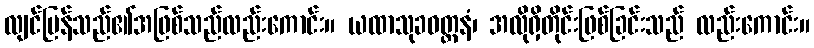
လျင်မြန်သည်၏အဖြစ်သည်လည်းကောင်း။ ယထာသုခဝတ္တနံ၊ အလိုရှိတိုင်းဖြစ်ခြင်းသည် လည်းကောင်း။